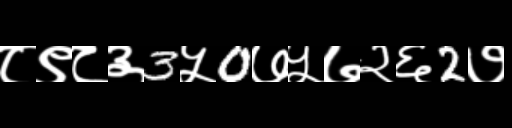
Text: ८९८३3५0७५७२६2७